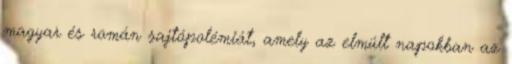
magyar és román sajtópolémiát, amely az elmúlt napokban az